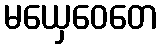
မယှေဝေတေ